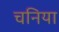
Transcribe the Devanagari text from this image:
चनिया